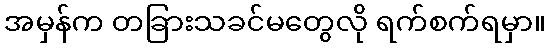
အမှန်က တခြားသခင်မတွေလို ရက်စက်ရမှာ။